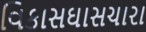
વિકાસઘાસચારા